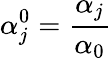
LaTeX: \alpha_{j}^{0}=\frac{\alpha_{j}}{\alpha_{0}}